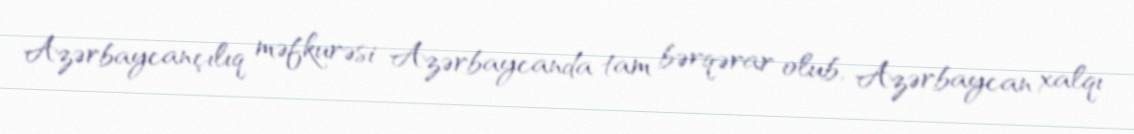
Azərbaycançılıq məfkurəsi Azərbaycanda tam bərqərar olub, Azərbaycan xalqı